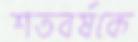
শতবর্ষকে